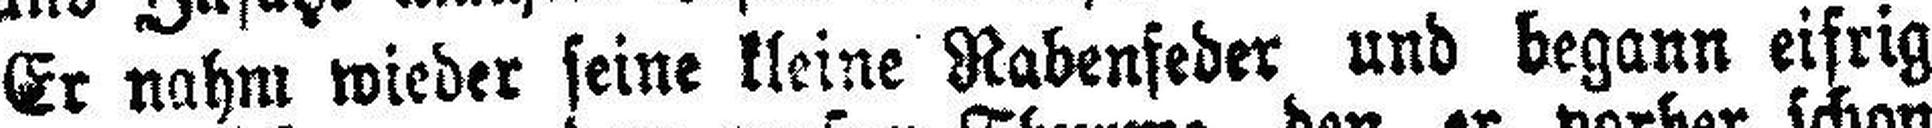
Er nahm wieder seine kleine Rabenseder und begann eifrig